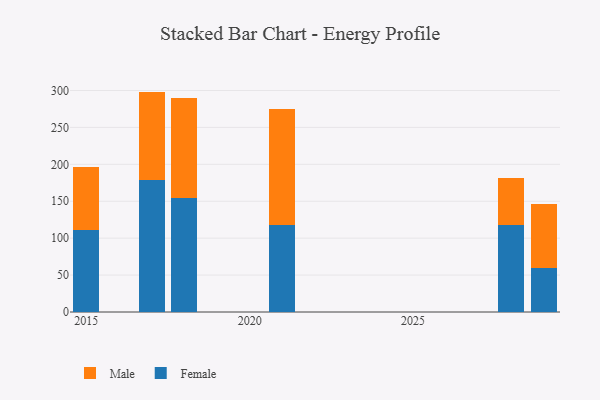
{"axis": {"x": "Year", "y": "Churn Rate (%)"}, "legend": ["Female", "Male"], "data": [{"x": "2017", "y": 179.3, "type": "Female"}, {"x": "2017", "y": 119.2, "type": "Male"}, {"x": "2015", "y": 110.4, "type": "Female"}, {"x": "2015", "y": 85.8, "type": "Male"}, {"x": "2018", "y": 154.2, "type": "Female"}, {"x": "2018", "y": 135.1, "type": "Male"}, {"x": "2029", "y": 59.5, "type": "Female"}, {"x": "2029", "y": 87.3, "type": "Male"}, {"x": "2021", "y": 117.3, "type": "Female"}, {"x": "2021", "y": 157.4, "type": "Male"}, {"x": "2028", "y": 117.5, "type": "Female"}, {"x": "2028", "y": 64.6, "type": "Male"}]}